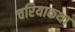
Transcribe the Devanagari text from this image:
चरियाकथा